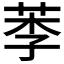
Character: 𦰁